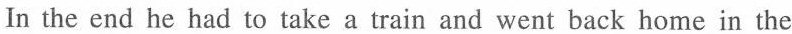
In the end he had to take a train and went back home in the